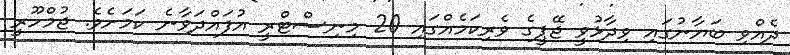
ދެއްވި ބަޔާނުގައި ވިދާޅުވީ ޖޭޕީގެ ވެރިކަމެއްގައި 20 މިނިސްޓްރީ އުފައްދަވާނެ ކަމަށެވެ. ޖުމްހޫރީ